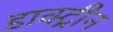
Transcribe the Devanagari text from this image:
डाक्ट्रीन